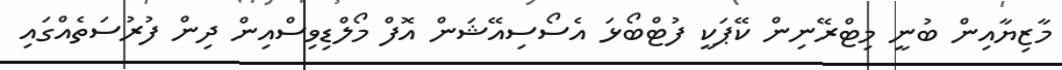
މާޒިޔާއިން ބުނީ މިޓްރޭނިން ކޭޕަކީ ފުޓްބޯޅަ އެސޯސިއޭޝަން އޮފް މޯލްޑިވިސްއިން ދިން ފުރުސަތެއްގައި